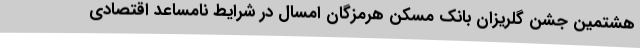
هشتمین جشن گلریزان بانک مسکن هرمزگان امسال در شرایط نامساعد اقتصادی